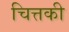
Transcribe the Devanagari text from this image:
चित्तकी